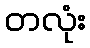
တလုံး